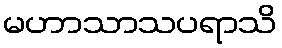
မဟာသာသပရာသိ